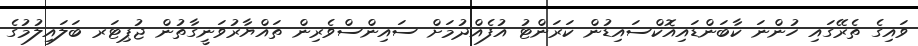
ވައިގެ ތެރޭގައި ހުންނަ ކާބަންޑައިއޮކްސައިޑުން ކަރަންޓު އުފެއްދުމަށް ސައިންސްވެރިން ތައްޔާރުވަނީގާތުން ޖުޕިޓަރ ބަލައިލުމުގެ